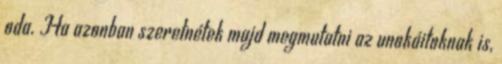
oda. Ha azonban szeretnétek majd megmutatni az unokáitoknak is,